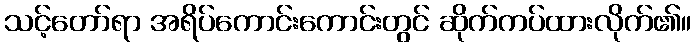
သင့်တော်ရာ အရိပ်ကောင်းကောင်းတွင် ဆိုက်ကပ်ထားလိုက်၏။